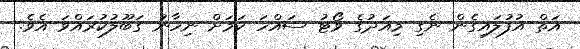
އަތް އުފުލައިގެން ނެގި މިއަދުގެ ވޯޓު ސައްހަ ކަމަށް ނިހާނު ގަބޫލުކުރައްވަ އެވެ.